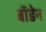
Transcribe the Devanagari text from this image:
बाॅडेन